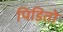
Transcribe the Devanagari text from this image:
पिडितो